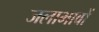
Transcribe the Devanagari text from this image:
जलाभावों